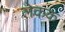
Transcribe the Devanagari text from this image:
लेकक